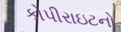
કોપીરાઇટનો